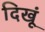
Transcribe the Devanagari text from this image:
दिखूं